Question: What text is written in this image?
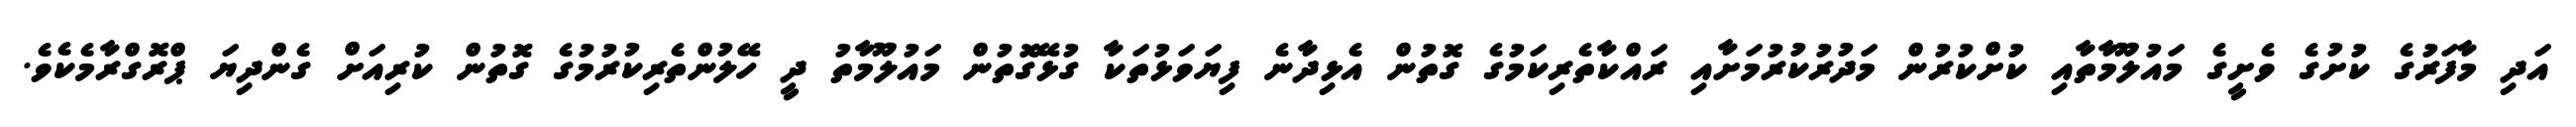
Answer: އަދި މާފަރުގެ ކުށުގެ ވެށީގެ މައުލޫމާތާއި ކުށްކުރުން މަދުރުކުރުމަށާއި ރައްކާތެރިކަމުގެ ގޮތުން އެޅިދާނެ ފިޔަވަޅުތަކާ ގުޅޭގޮތުން މައުލޫމާތު ދީ ހޭލުންތެރިކުރުމުގެ ގޮތުން ކުރިއަށް ގެންދިޔަ ޕްރޮގްރާމެކެވެ.